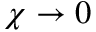
\chi \rightarrow 0